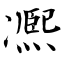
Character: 凞